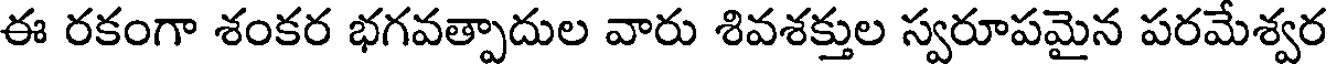
ఈ రకంగా శంకర భగవత్పాదుల వారు శివశక్తుల స్వరూపమైన పరమేశ్వర